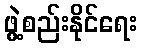
ဖွဲ့စည်းနိုင်ရေး